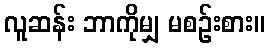
လူဆန်း ဘာကိုမျှ မစဉ်းစား။